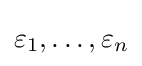
\varepsilon _{1},\dots ,\varepsilon _{n}